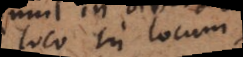
loco in locum